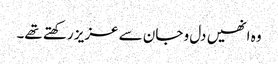
وہ انھیں دل و جان سے عزیز رکھتے تھے۔